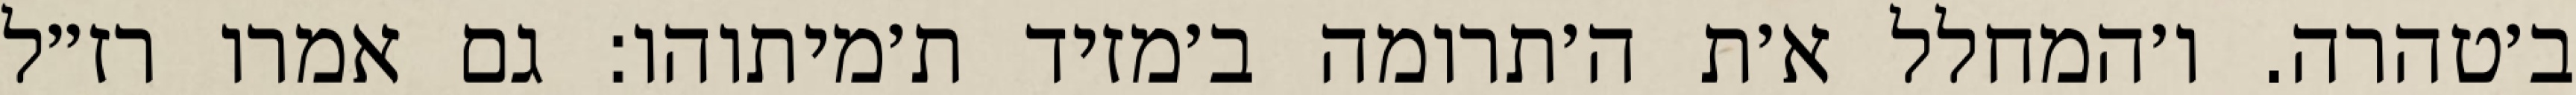
ב׳טהרה. ו׳המחלל א׳ת ה׳תרומה ב׳מזיד ת׳מיתוהו: גם אמרו רז״ל